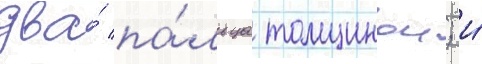
два́ па́льца толщинои; и́